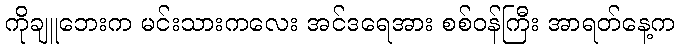
ကိုချူဘေးက မင်းသားကလေး အင်ဒရေအား စစ်ဝန်ကြီး အာရတ်နေ့က